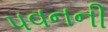
પવનની